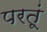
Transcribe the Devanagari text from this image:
परतूं